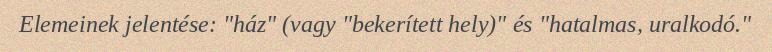
Elemeinek jelentése: "ház" (vagy "bekerített hely)" és "hatalmas, uralkodó."